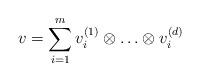
LaTeX: \begin{align*}v = \sum_{i=1}^m v^{(1)}_i\otimes \hdots \otimes v^{(d)}_i\end{align*}